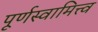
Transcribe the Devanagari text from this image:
पूर्णस्वामित्त्व